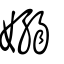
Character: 嫋